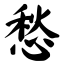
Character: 愁